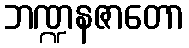
ဘဏ္ဍနဇာတော